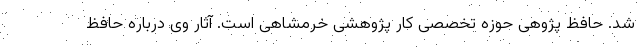
شد. حافظ پژوهی حوزه تخصصی کار پژوهشی خرمشاهی است. آثار وی درباره حافظ